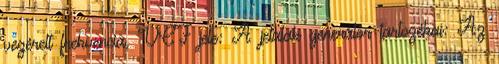
vezérelt frekvencia, VCF jele: A jelalak generátor tartozékai: Az